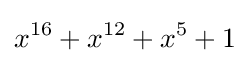
x^{16}+x^{12}+x^{5}+1